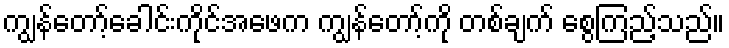
ကျွန်တော့်ခေါင်းကိုင်အဖေက ကျွန်တော့်ကို တစ်ချက် စွေကြည့်သည်။